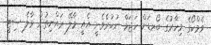
ވެމްކޯގެ މިހާރުގެ ބޯރޑަށް ހަޖަމް ނުކުރެވެނީ އެއީ މާލޭ ރައްޔިތުން މާލެ ސިޓީ